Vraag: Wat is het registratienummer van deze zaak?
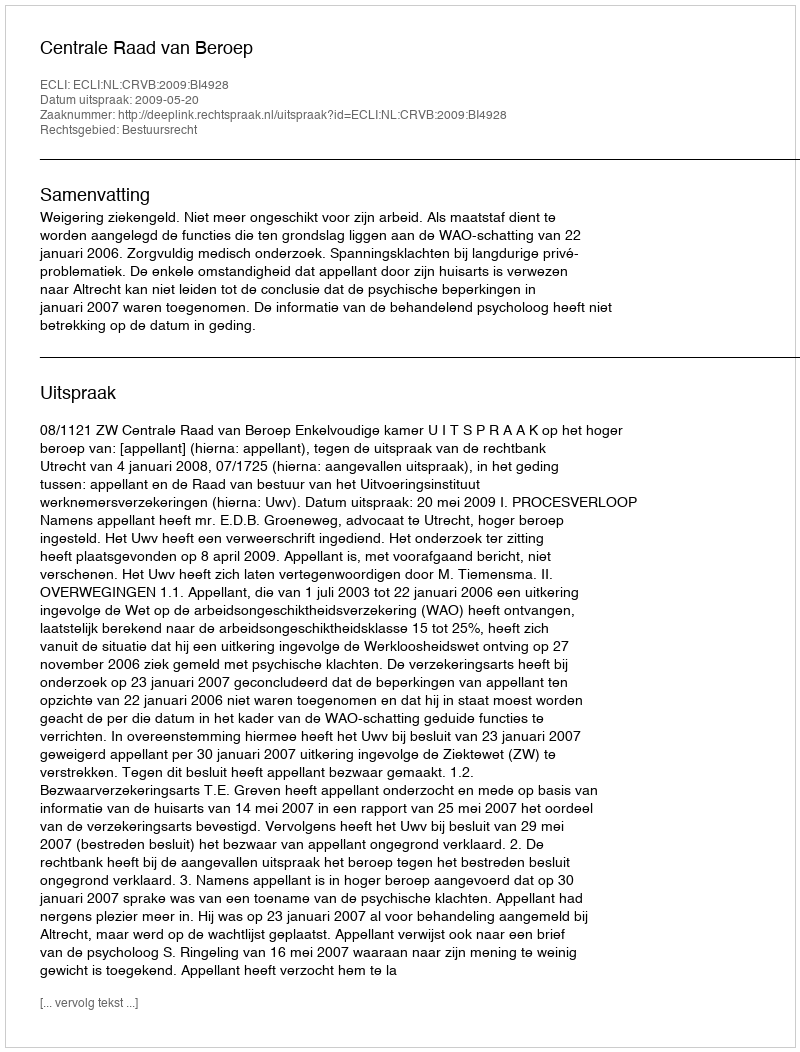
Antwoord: http://deeplink.rechtspraak.nl/uitspraak?id=ECLI:NL:CRVB:2009:BI4928